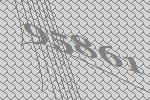
95861